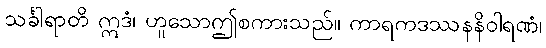
သင်္ခါရာတိ ဣဒံ၊ ဟူသောဤစကားသည်။ ကာရကဒဿနနိဝါရဏံ၊